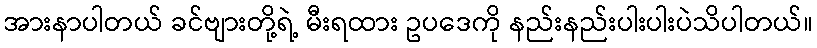
အားနာပါတယ် ခင်ဗျားတို့ရဲ့ မီးရထား ဥပဒေကို နည်းနည်းပါးပါးပဲသိပါတယ်။